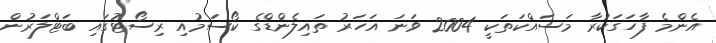
އެންމެ ފާހަަގަކުރާ މަސައްކަތަކީ 2004 ވަނަ އަހަރު ތައިލެންޑްގެ ކޯސަމުއި ރިސޯޓުގައި ބަޓްލަރުން